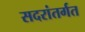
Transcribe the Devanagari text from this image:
सदरांतर्गत